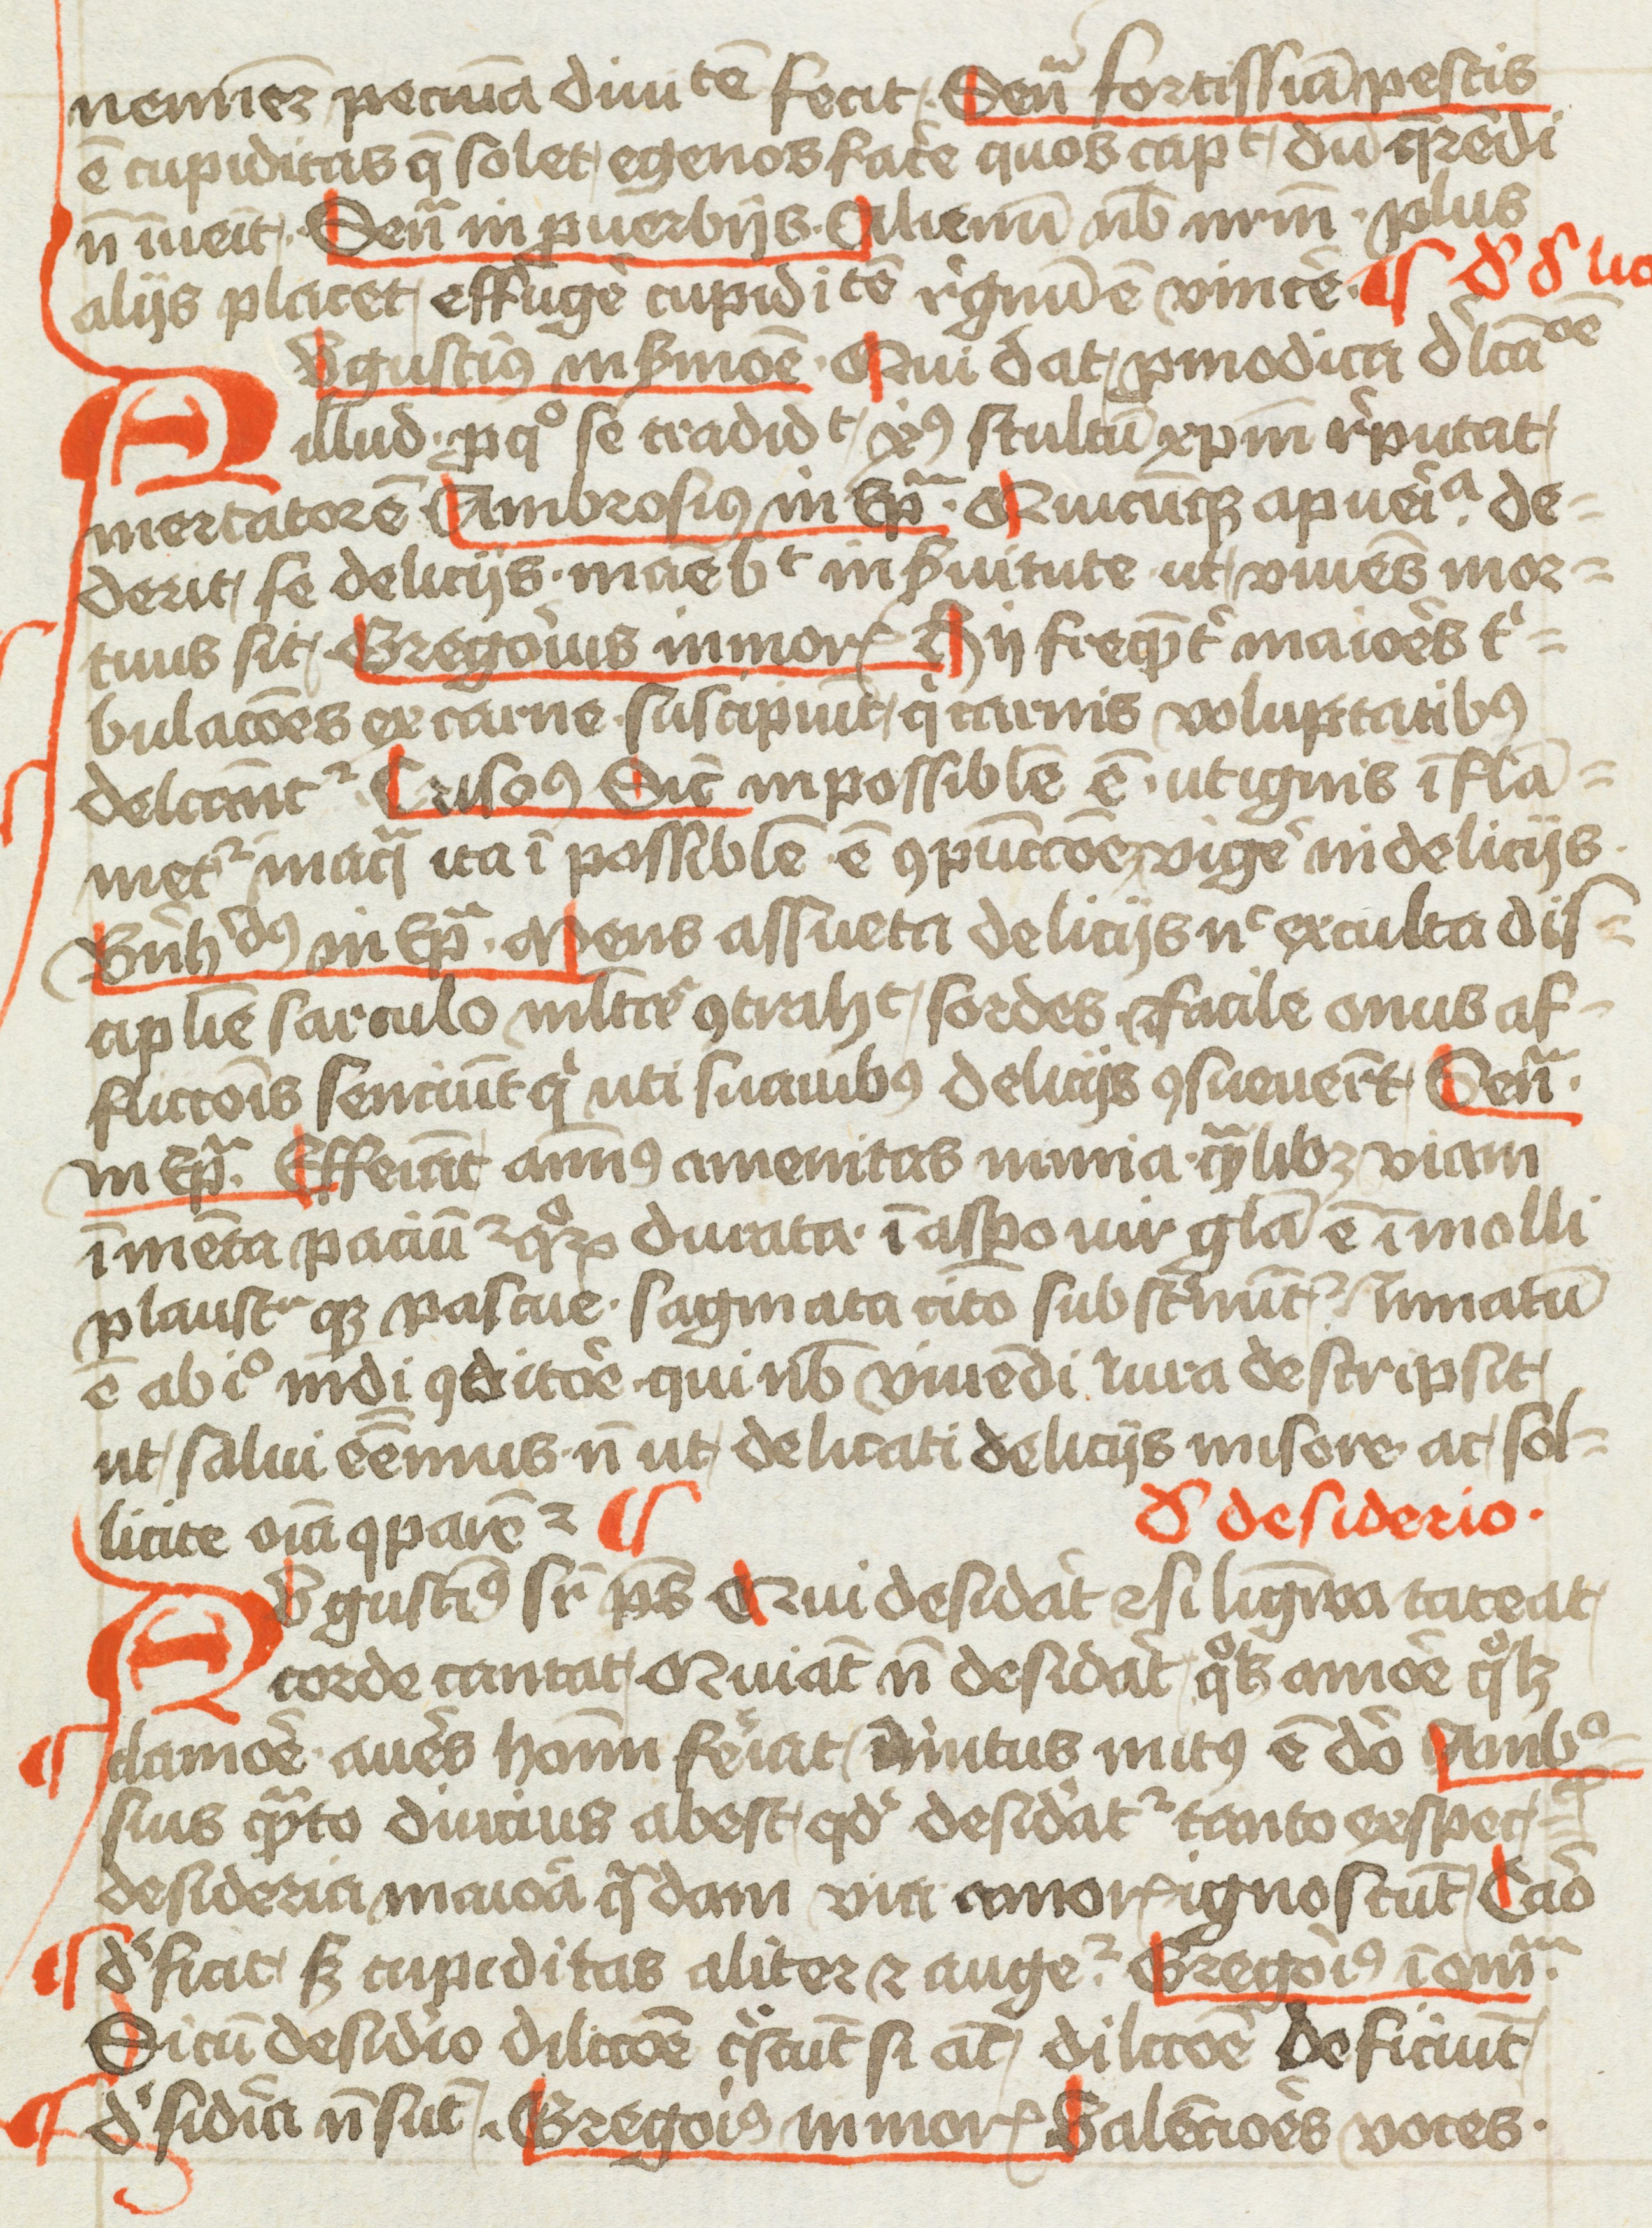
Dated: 1400–1499